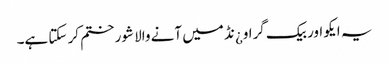
یہ ایکو اور بیک گراو¿نڈ میں آنے والا شور ختم کر سکتا ہے۔